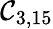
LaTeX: \mathcal{C}_{3,15}